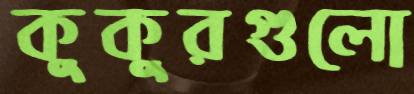
কুকুরগুলো